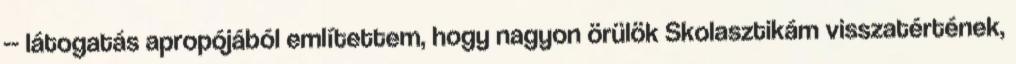
-- látogatás apropójából említettem, hogy nagyon örülök Skolasztikám visszatértének,